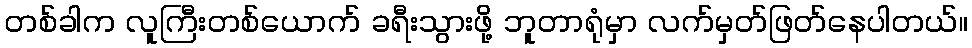
တစ်ခါက လူကြီးတစ်ယောက် ခရီးသွားဖို့ ဘူတာရုံမှာ လက်မှတ်ဖြတ်နေပါတယ်။